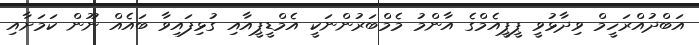
އަބްދުއްރަހީމް ވިދާޅުވީ ޕީޕީއެމްގެ އާންމު މެމްބަރުންނަކީ އެމްޑީޕީއާއި ގުޅިފައިވާ ބައެއް ނޫން ކަމަށާއި